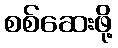
စစ်ဆေးဖို့